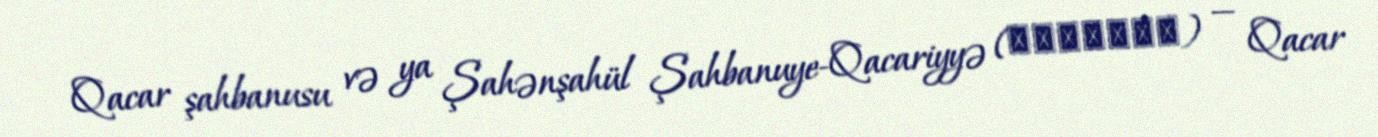
Qacar şahbanusu və ya Şahənşahül Şahbanuye-Qacariyyə (شهبانو‬) — Qacar